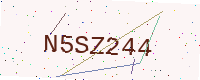
Text: N5SZ244